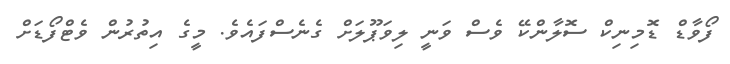
ފޯވާޑް ޑޮމިނިކް ސޮލާންކޭ ވެސް ވަނީ ލިވަޕޫލަށް ގެނެސްފައެވެ. މީގެ އިތުރުން ވެޓްފޯޑަށް